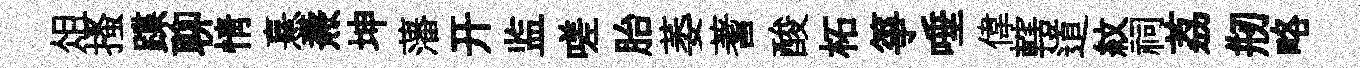
俎搔蹀聊情憙燾坤藩开监嗟胎萎蓍酸柘箏唾偉轄道紋祠荔剏略